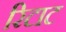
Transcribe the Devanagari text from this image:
रिटाट